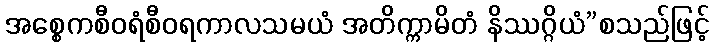
အစ္စေကစီဝရံစီဝရကာလသမယံ အတိက္ကာမိတံ နိဿဂ္ဂိယံ”စသည်ဖြင့်